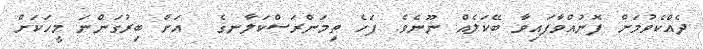
ދެއްކެވުމަށް ފޮނުއްވާފައިވާ ބޭކަލެއް ނޫނެވެ. ފަހެ ތިމަންރަސްކަލާނގެ  އަށް ބިރުގަންނަ މީހަކަށް